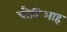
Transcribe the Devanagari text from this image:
चौडिआह